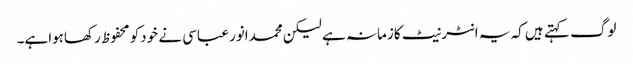
لوگ کہتے ہیں کہ یہ انٹرنیٹ کازمانہ ہے لیکن محمدانور عباسی نے خودکو محفوظ رکھاہواہے۔